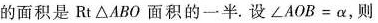
的面积是Rt△ABO面积的一半。设$$∠ A O B = \alpha$$ ，则